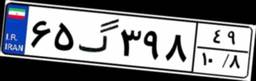
۶۵گ۳۹۸۴۹